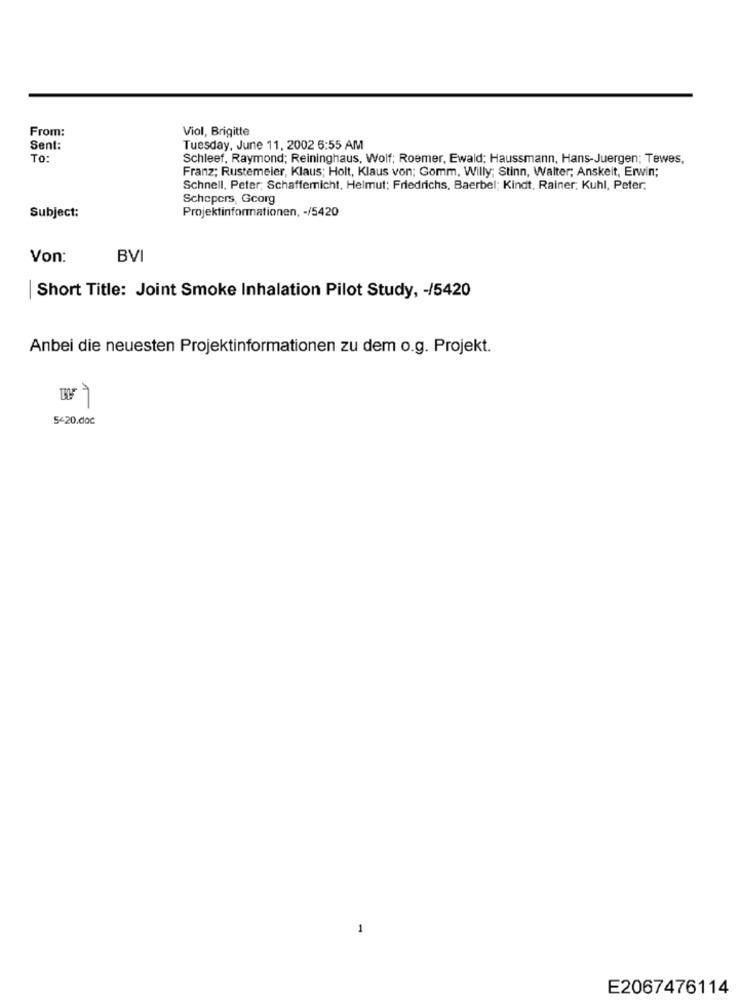
From:
Viol, Brigitte
Sent:
Tuesday, June 11, 2002 6:55 AM
To:
Schleef, Raymond; Reininghaus, Wolf; Roemer, Ewald; Haussmann, Hans-Juergen; Tewes,
Franz; Rustemeier, Klaus; Holt, Klaus von; Gomm, Willy; Stinn, Walter; Anskeit, Erwin;
Schnell, Peter; Schaffemicht, Helmut: Friedrichs, Baerbel; Kindt, Rainer: Kuhl, Peter.
Schepers, Georg
Projektinformationen, - /5420
Subject:
Von:
BVI
| Short Title: Joint Smoke Inhalation Pilot Study, - /5420
Anbei die neuesten Projektinformationen zu dem o.g. Projekt.
1
5420.doc
1
E2067476114